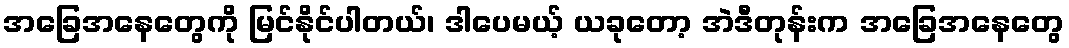
အခြေအနေတွေကို မြင်နိုင်ပါတယ်၊ ဒါပေမယ့် ယခုတော့ အဲဒီတုန်းက အခြေအနေတွေ